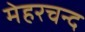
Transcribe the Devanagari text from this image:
मेहरचन्द